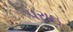
પરાઇ